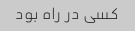
کسی در راه بود